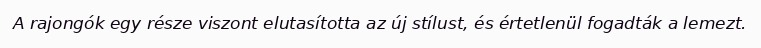
A rajongók egy része viszont elutasította az új stílust, és értetlenül fogadták a lemezt.